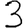
Digit: 3